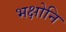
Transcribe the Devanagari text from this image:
भक्षोनि